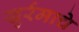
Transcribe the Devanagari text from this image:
खुर्रमाचे